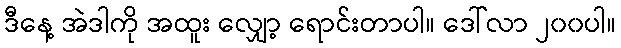
ဒီနေ့ အဲဒါကို အထူး လျှော့ ရောင်းတာပါ။ ဒေါ်လာ ၂၀၀ပါ။